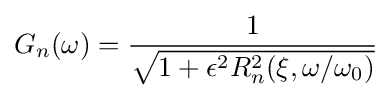
G_{n}(\omega )={1 \over {\sqrt {1+\epsilon ^{2}R_{n}^{2}(\xi ,\omega /\omega _{0})}}}